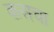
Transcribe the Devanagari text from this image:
कसचा